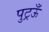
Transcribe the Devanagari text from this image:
पुट्रऊँ